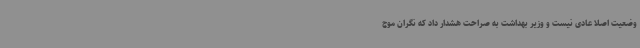
وضعیت اصلا عادی نیست و وزیر بهداشت به صراحت هشدار داد که نگران موج